Annual report on the health of the army in India
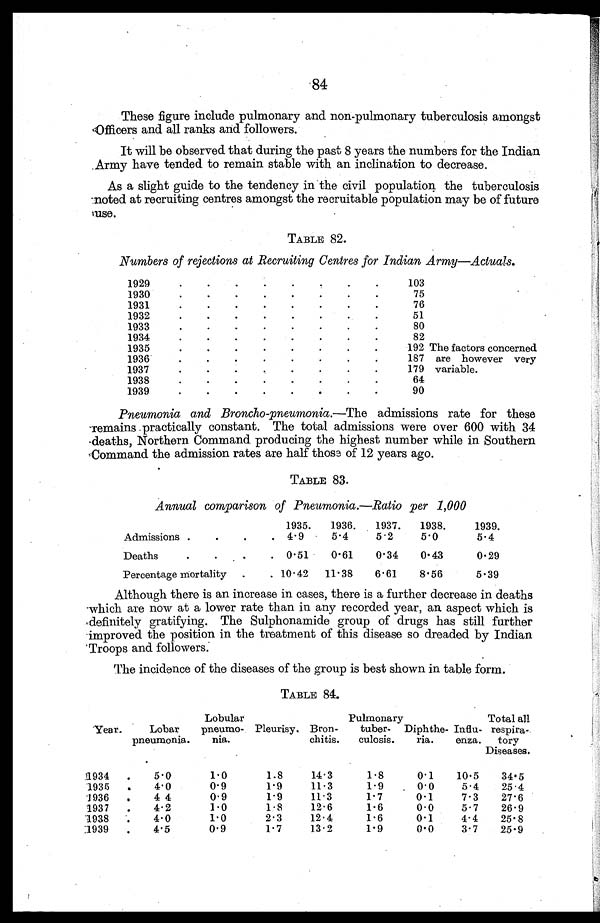
84
These figure include pulmonary and non-pulmonary tuberculosis amongst
Officers and all ranks and followers.
It will be observed that during the past 8 years the numbers for the Indian
Army have tended to remain stable with an inclination to decrease.
As a slight guide to the tendency in the civil population the tuberculosis
noted at recruiting centres amongst the recruitable population may be of future
use.
TABLE 82.
Numbers of rejections at Recruiting Centres for Indian Army—Actuals.
1929. . .
103
1930. . .
75
1931. . .
76
1932. . .
51
1933. . .
80
1934. . .
82
1935. . .
192
1936 . . .
187
1937. . .
179
1938. . .
64
1939. . .
90
The factors concerned
are however very
variable.
Pneumonia and Broncho-pneumonia.—The admissions rate for these
remains practically constant. The total admissions were over 600 with 34
deaths, Northern Command producing the highest number while in Southern
Command the admission rates are half those of 12 years ago.
TABLE 83.
Annual comparison of Pneumonia.—Ratio per 1,000
1935.
1936.
1937.
1938.
1939.
Admissions . . .
4 . 9
5.4
5.2
5.0
5.4
Deaths . . .
0 . 51
0.61
0.34
0.43
0.29
Percentage mortality . . .
10 . 42
11 . 38
6.61
8.56
5.39
Although there is an increase in cases, there is a further decrease in deaths
which are now at a lower rate than in any recorded year, an aspect which is
definitely gratifying. The Sulphonamide group of drugs has still further
improved the position in the treatment of this disease so dreaded by Indian
Troops and followers.
The incidence of the diseases of the group is best shown in table form.
TABLE 84.
Year.
Lobar
pneumonia.
Lobular
pneumo-
nia.
Pleurisy. Bron
-chitis.
Pulmonary
tuber-
culosis.
Diphthe-
ria.
Influ-
enza.
Total all
respira-
tory
Diseases.
1934. . .
5.0
1.0
1.8
14.3
1.8
0.1
10.5
34.5
1935. . .
4.0
0.9
1.9
11.3
1.9
0 . 0
5.4
25.4
1936. . .
4.4
0.9
1.9
11.3
1.7
0.1
7.3
27.6
1937. . .
4.2
1.0
1.8
12.6
1.6
0.0
5.7
26.9
1938. . .
4.0
1.0
2.3
12.4
1.6
0.1
4.4
25.8
1939. . .
4.5
0.9
1.7
13.2
1.9
0.0
3.7
25.9